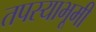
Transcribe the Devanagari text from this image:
तपस्याभूमी